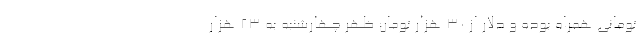
تومانی همراه بوده و دلار از 30 هزار تومان ظهر چهارشنبه به 23 هزار